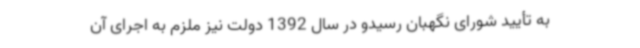
به تأیید شورای نگهبان رسیدو در سال 1392 دولت نیز ملزم به اجرای آن